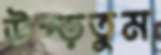
উপ্‌ড়তুম